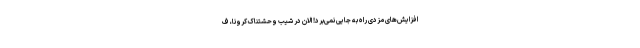
افزایش‌های مزدی راه به جایی نمی‌برد! الان در شیب وحشتناک کرونا، ف